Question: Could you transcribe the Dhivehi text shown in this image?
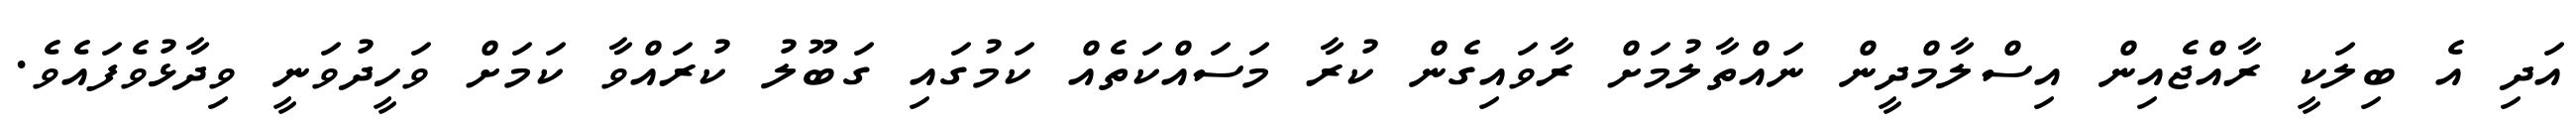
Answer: އަދި އެ ބިލަކީ ރާއްޖެއިން އިސްލާމްދީން ނައްތާލުމަށް ރާވައިގެން ކުރާ މަސައްކަތެއް ކަމުގައި ގަބޫލު ކުރައްވާ ކަމަށް ވަހީދުވަނީ ވިދާޅުވެފައެވެ.